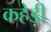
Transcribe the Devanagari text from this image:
कहेड़ी